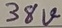
Text: 38V